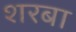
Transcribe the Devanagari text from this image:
शरबा